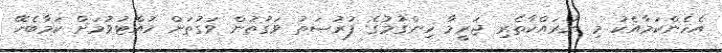
އެހެންކަމާއެކު މި ނުރައްކާތެރި ޖަރީމާ ހިންގުމުގެ ފުރުޞަތު ވަގުތުން ވަގުތަށް ހުއްޓުވުމަށް ކަމާބެހޭ